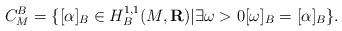
LaTeX: \begin{align*}C_{M}^{B}=\{[\alpha]_{B}\in H_{B}^{1,1}(M,\mathbf{R})|\exists\text{}\omega>0[\omega]_{B}=[\alpha]_{B}\}.\end{align*}